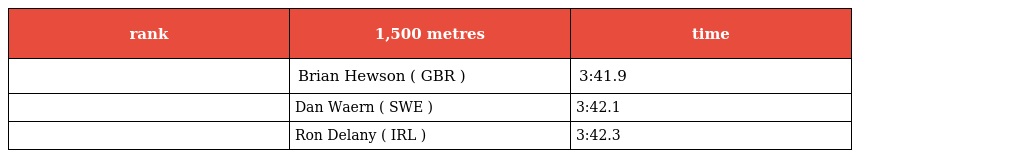
| rank | 1,500 metres | time |
 | --- | --- | --- |
 |  | Brian Hewson ( GBR ) | 3:41.9 |
 |  | Dan Waern ( SWE ) | 3:42.1 |
 |  | Ron Delany ( IRL ) | 3:42.3 |